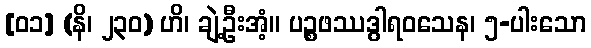
[၀၁] (နိ၊ ၂၃၀) ဟိ၊ ချဲ့ဦးအံ့။ ပဉ္စဖဿဒွါရဝသေန၊ ၅-ပါးသော